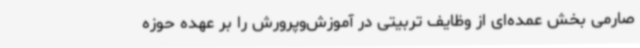
صارمی بخش عمده‌ای از وظایف تربیتی در آموزش‌وپرورش را بر عهده حوزه